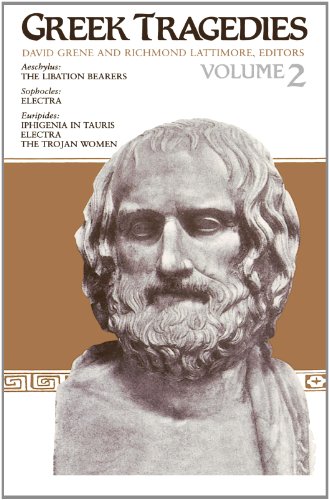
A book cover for Greek Tragedies, Volume 2 The Libation Bearers (Aeschylus), Electra (Sophocles), Iphigenia in Tauris, Electra, & The Trojan Women (Euripides); Aeschylus; Literature & Fiction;